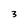
Character: 3